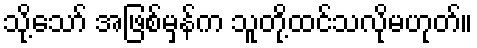
သို့သော် အဖြစ်မှန်က သူတို့ထင်သလိုမဟုတ်။